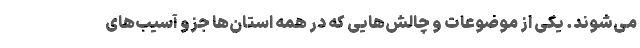
می‌شوند. یکی از موضوعات و چالش‌هایی که در همه استان‌ها جزو آسیب‌های